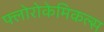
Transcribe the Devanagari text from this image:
फ्लोरोकेमिकल्स